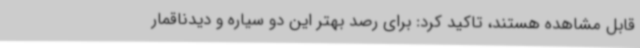
قابل مشاهده هستند، تاکید کرد: برای رصد بهتر این دو سیاره و دیدناقمار